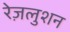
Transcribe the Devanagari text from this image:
रेज़लुशन